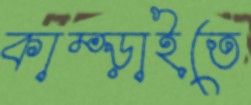
কাম্‌ড়াইতে